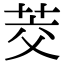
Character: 茭